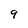
Character: 9